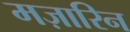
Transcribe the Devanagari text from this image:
मज़ारिन